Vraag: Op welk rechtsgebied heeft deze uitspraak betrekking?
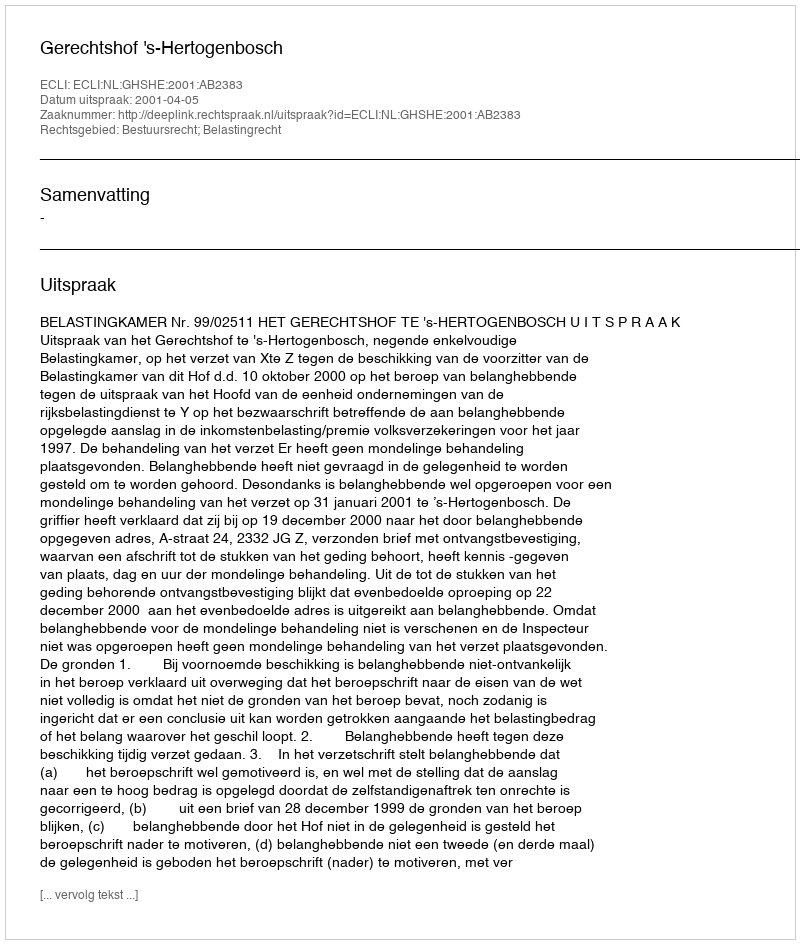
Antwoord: Bestuursrecht; Belastingrecht